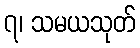
၇၊ သမယသုတ်